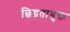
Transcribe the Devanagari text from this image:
छिद्रतायुक्त